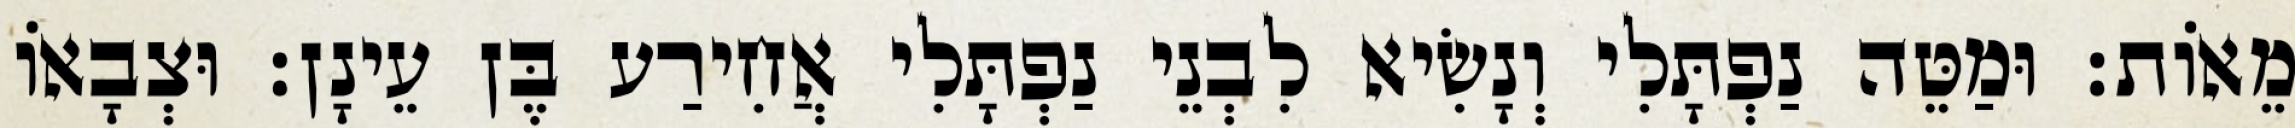
מֵאוֹת׃ וּמַטֵּה נַפְתָּלִי וְנָשִׂיא לִבְנֵי נַפְתָּלִי אֲחִירַע בֶּן עֵינָן׃ וּצְבָאוֹ